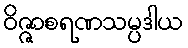
ဝိဇ္ဇာစရဏသမ္ပဒါယ